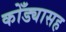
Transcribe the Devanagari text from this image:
कोँड्यासह